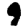
Digit: 9